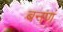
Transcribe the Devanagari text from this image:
बनणं